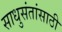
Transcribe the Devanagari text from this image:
साधुसंतांसाठी